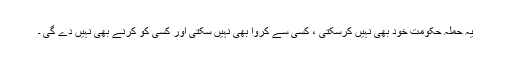
یہ حملہ حکومت خود بھی نہیں کرسکتی ، کسی سے کروا بھی نہیں سکتی اور کسی کو کرنے بھی نہیں دے گی ۔